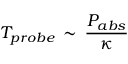
T _ { p r o b e } \, \sim \, \frac { P _ { a b s } } { \kappa }